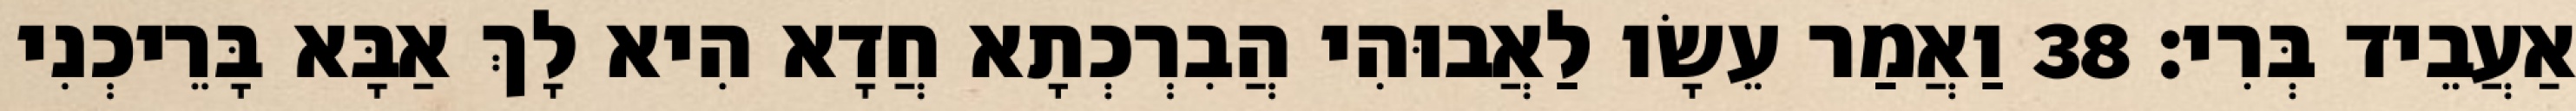
אַעֲבֵיד בְּרִי׃ 38 וַאֲמַר עֵשָׂו לַאֲבוּהִי הֲבִרְכְתָא חֲדָא הִיא לָךְ אַבָּא בָּרֵיכְנִי